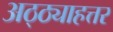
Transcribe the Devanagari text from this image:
अठ्ठ्याहत्तर